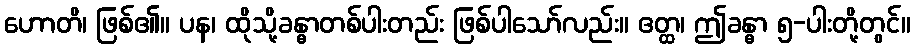
ဟောတိ၊ ဖြစ်၏။ ပန၊ ထိုသို့ခန္ဓာတစ်ပါးတည်း ဖြစ်ပါသော်လည်း။ ဧတ္ထ၊ ဤခန္ဓာ ၅-ပါးတို့တွင်။